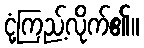
ငုံ့ကြည့်လိုက်၏။